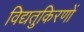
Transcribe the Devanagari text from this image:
विद्यतुकिरणों